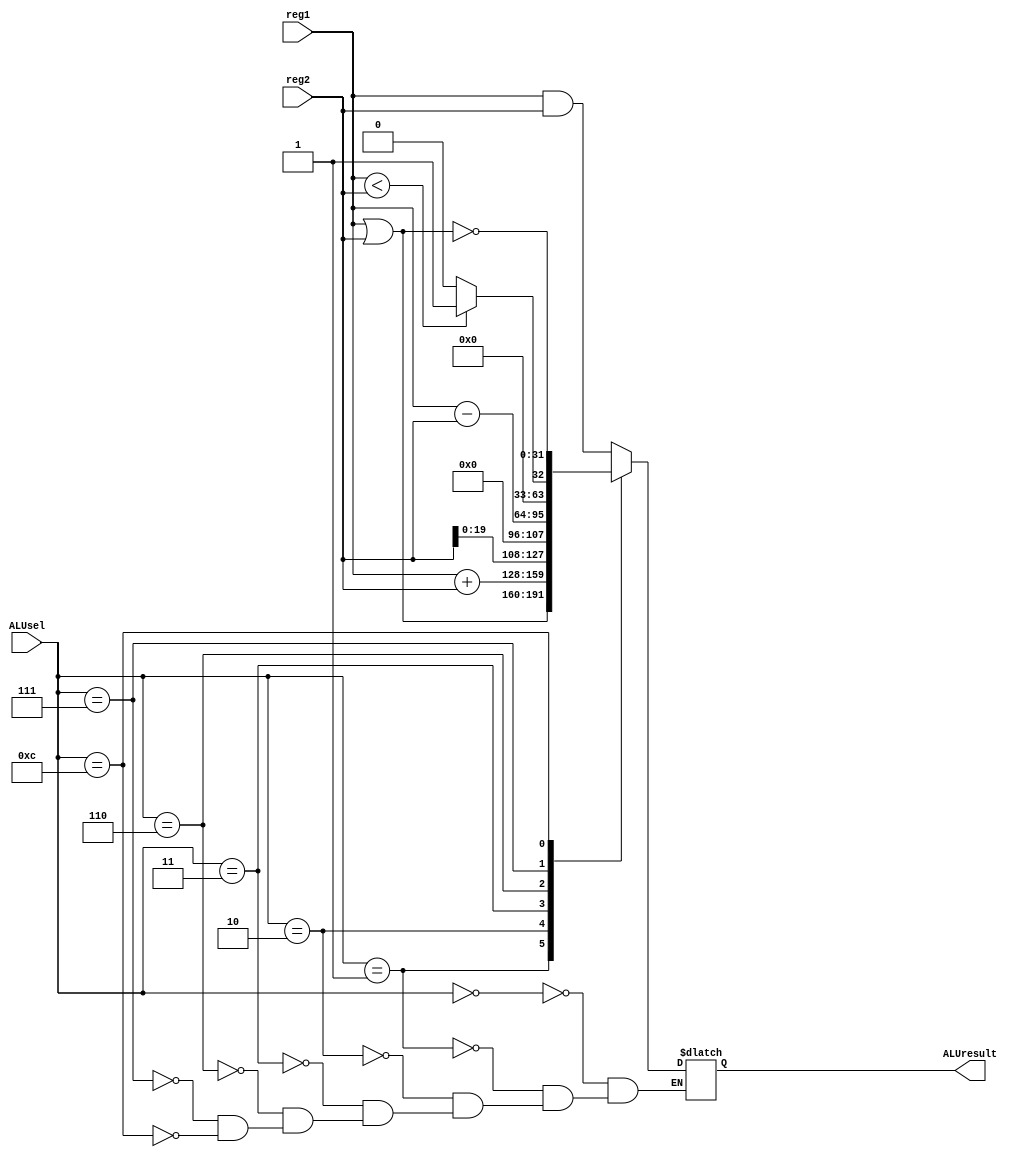
module alu(reg1, reg2, ALUsel, ALUresult);
  input [31:0] reg1, reg2;
  input [3:0] ALUsel;
  output reg [31:0] ALUresult;
  
  always @(*) begin
  case (ALUsel)
    4'b0000:
      ALUresult = reg1 & reg2;
    4'b0001: 
      ALUresult = reg1 | reg2;
    4'b0010:
      ALUresult = reg1 + reg2;
    4'b0011:
      ALUresult = {reg2[19:0], {12{1'b0}}};
    4'b0110:
      ALUresult = reg1 - reg2;
    4'b0111:
      ALUresult = (reg1 < reg2)? 32'h1 : 32'h0;
    4'b1100:
      ALUresult = ~(reg1 | reg2);
      endcase
  end
endmodule